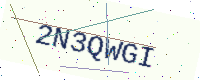
Text: 2N3QWGI